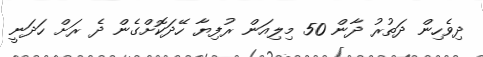
ދިވެހިން ދަތުރު ދާން 50 މިލިއަން ރުފިޔާ ހޭދަކޮށްގެން ދެ ރަށް ހަދަނީ